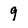
Character: 9